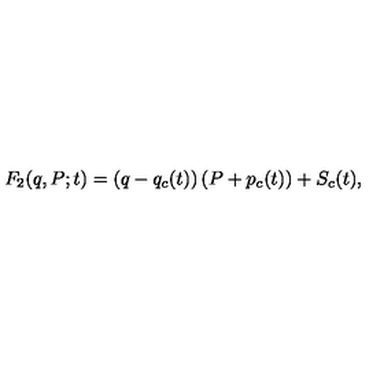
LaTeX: F _ { 2 } ( q , P ; t ) = \left( q - q _ { c } ( t ) \right) \left( P + p _ { c } ( t ) \right) + S _ { c } ( t ) ,